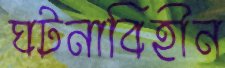
ঘটনাবিহীন